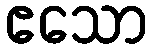
ဧသော